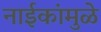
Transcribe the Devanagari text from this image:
नाईकांमुळे